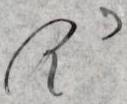
R3